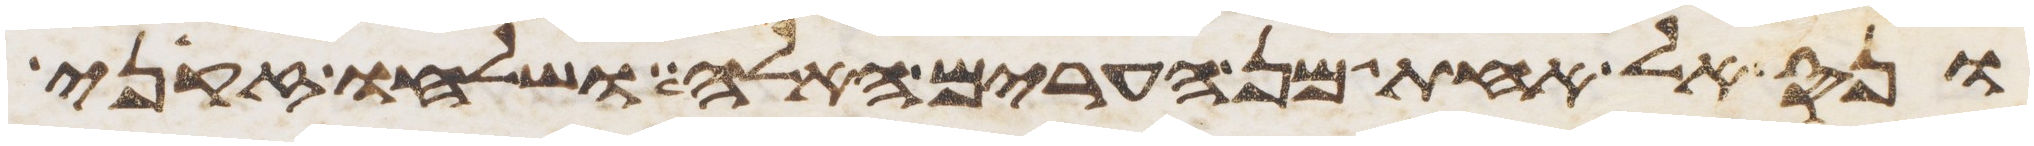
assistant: ונס אל אחת מן הערים האלה ושלחו זקני